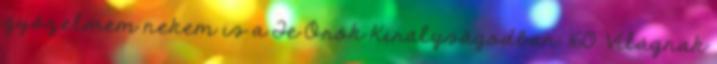
győzelmem nekem is a Te Örök Királyságodban. 160. Világnak